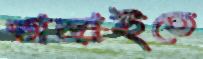
ভাঙ্গাইতে